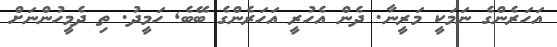
އަހަރެންގެ ނަމަކީ މަރީނާ. ދެން އެހުރީ އަހަރެންގެ ބޭބެ